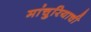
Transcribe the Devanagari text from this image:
मांचुरियाची